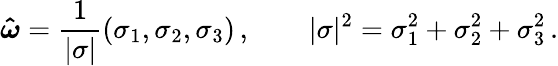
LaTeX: \boldsymbol{\hat{\omega}}=\frac{1}{|\mathbf{\sigma}|}(\sigma_{1},\sigma_{2},\sigma_{3})\, ,\qquad|\mathbf{\sigma}|^{2}=\sigma_{1}^{2}+\sigma_{2}^{2}+\sigma_{3}^{2}\, .